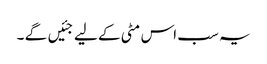
یہ سب اس مٹی کے لیے جئیں گے ۔